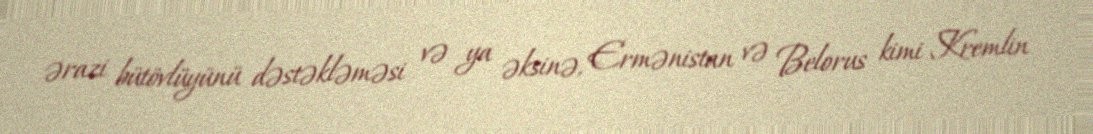
ərazi bütövlüyünü dəstəkləməsi və ya əksinə, Ermənistan və Belorus kimi Kremlin